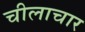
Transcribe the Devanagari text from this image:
चीलाचार